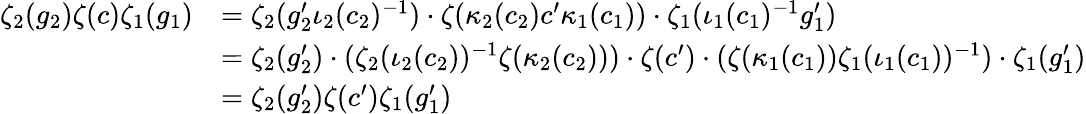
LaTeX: \begin{array}{rl}{\zeta_{2}(g_{2})\zeta(c)\zeta_{1}(g_{1})}&{=\zeta_{2}(g_{2}^{\prime}\iota_{2}(c_{2})^{-1})\cdot\zeta(\kappa_{2}(c_{2})c^{\prime}\kappa_{1}(c_{1}))\cdot\zeta_{1}(\iota_{1}(c_{1})^{-1}g_{1}^{\prime})}\\ &{=\zeta_{2}(g_{2}^{\prime})\cdot(\zeta_{2}(\iota_{2}(c_{2}))^{-1}\zeta(\kappa_{2}(c_{2})))\cdot\zeta(c^{\prime})\cdot(\zeta(\kappa_{1}(c_{1}))\zeta_{1}(\iota_{1}(c_{1}))^{-1})\cdot\zeta_{1}(g_{1}^{\prime})}\\ &{=\zeta_{2}(g_{2}^{\prime})\zeta(c^{\prime})\zeta_{1}(g_{1}^{\prime})}\end{array}